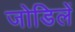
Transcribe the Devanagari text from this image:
जोडिलें